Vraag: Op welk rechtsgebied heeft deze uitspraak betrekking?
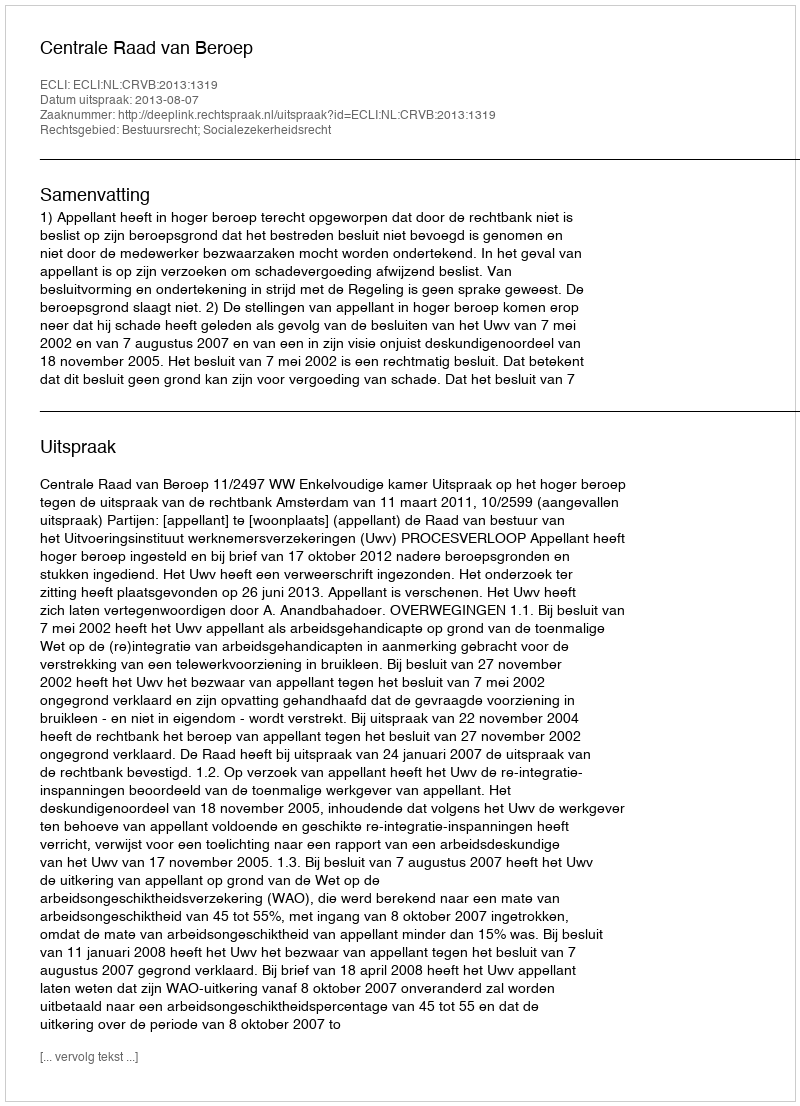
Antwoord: Bestuursrecht; Socialezekerheidsrecht